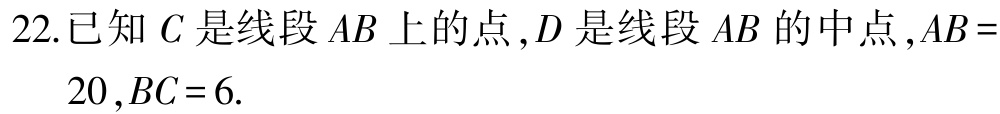
22.已知 \(C\) 是线段 \(AB\) 上的点，\(D\) 是线段 \(AB\) 的中点，\(AB = 20\)，\(BC = 6\).